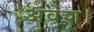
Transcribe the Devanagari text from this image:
अवेश।